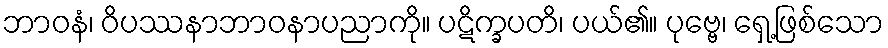
ဘာဝနံ၊ ဝိပဿနာဘာဝနာပညာကို။ ပဋိက္ခပတိ၊ ပယ်၏။ ပုဗ္ဗေ၊ ရှေ့ဖြစ်သော